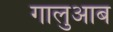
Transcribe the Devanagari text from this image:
गालुआब